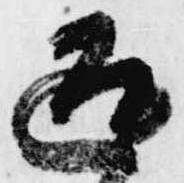
返